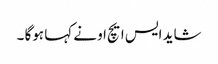
شاید ایس ایچ او نے کہا ہوگا ۔